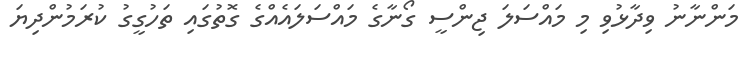
މަންނާނު ވިދާޅުވި މި މައްސަލަ ޖިންސީ ގޯނާގެ މައްސަލައެއްގެ ގޮތުގައި ތަހުގީގު ކުރަމުންދިޔަ